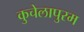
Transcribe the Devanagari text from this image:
कुचेलापुरम